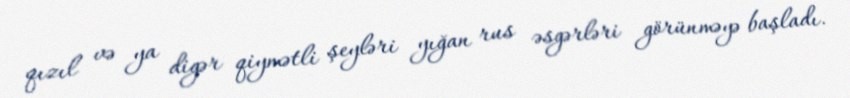
qızıl və ya digər qiymətli şeyləri yığan rus əsgərləri görünməyə başladı.